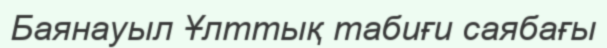
Баянауыл Ұлттық табиғи саябағы